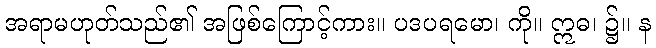
အရာမဟုတ်သည်၏ အဖြစ်ကြောင့်ကား။ ပဒပရမော၊ ကို။ ဣဓ၊ ၌။ န